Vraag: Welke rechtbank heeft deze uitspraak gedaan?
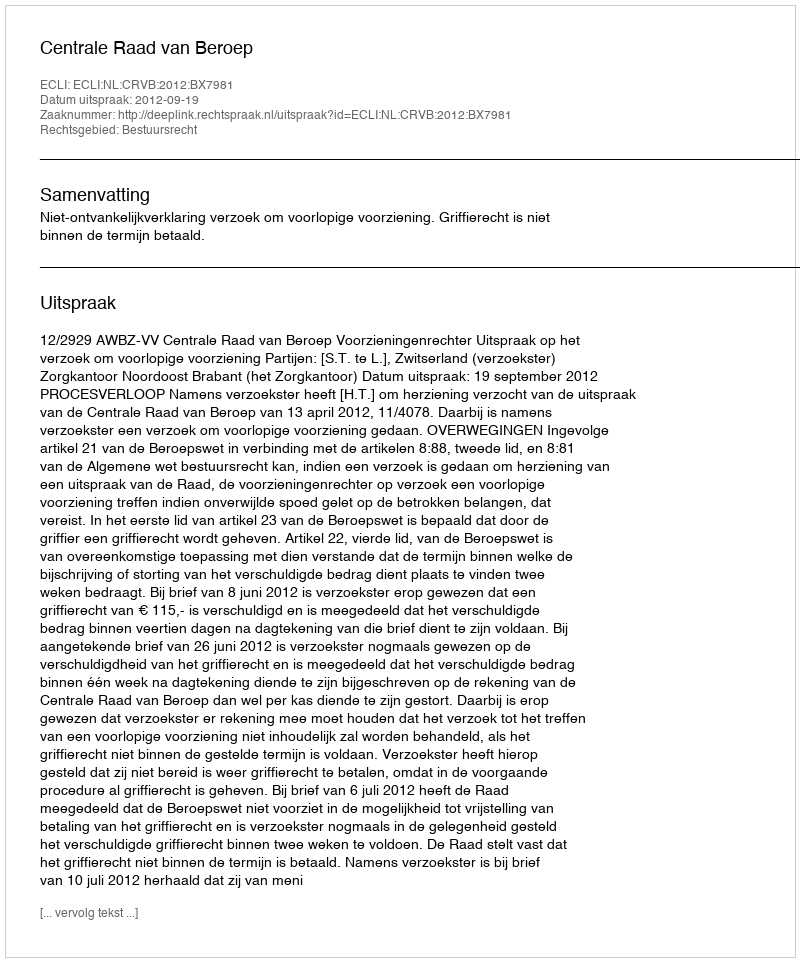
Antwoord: Centrale Raad van Beroep